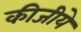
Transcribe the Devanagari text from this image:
कीजीये